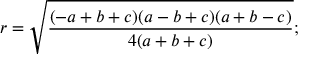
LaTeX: r = { \sqrt { \frac { ( - a + b + c ) ( a - b + c ) ( a + b - c ) } { 4 ( a + b + c ) } } } ;